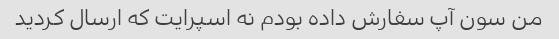
من سون آپ سفارش داده بودم نه اسپرایت که ارسال کردید